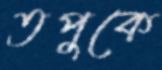
তপুকে